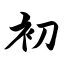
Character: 初